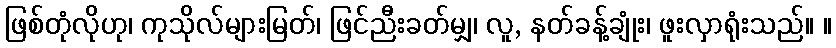
ဖြစ်တုံလိုဟု၊ ကုသိုလ်များမြတ်၊ ဖြင်ညီးခတ်မျှ၊ လူ, နတ်ခန့်ချုံး၊ ဖူးလှာရုံးသည်။ ။